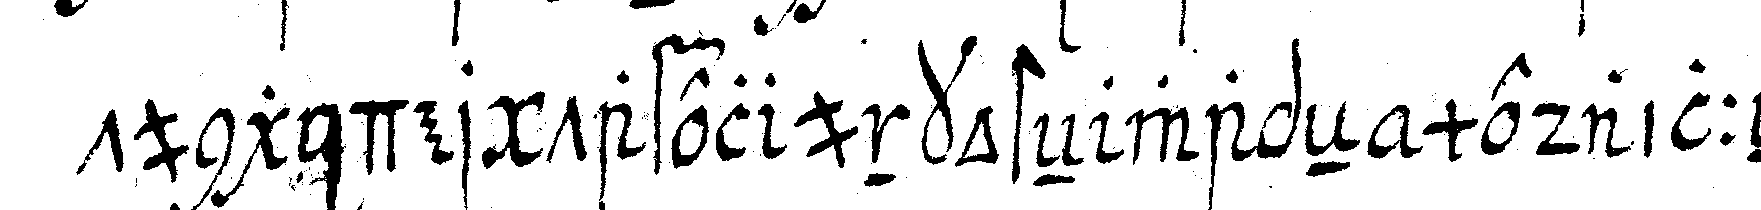
tung der tafel unkosteN wapeN medailleN